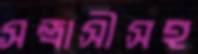
সন্ত্রাসীসহ